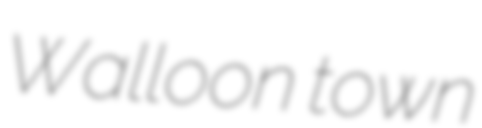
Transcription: Walloon town